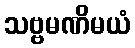
သဗ္ဗမဏိမယံ